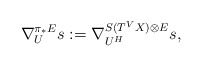
\begin{align*}\nabla^{\pi_*E}_Us:=\nabla^{S(T^VX)\otimes E}_{U^H}s,\end{align*}